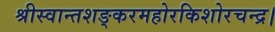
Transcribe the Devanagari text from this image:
श्रीस्वान्तशङ्करमहोरकिशोरचन्द्र।